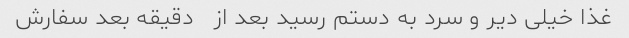
غذا خیلی دیر و سرد به دستم رسید بعد از   دقیقه بعد سفارش